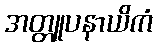
အတ္တူပနာယိကံ